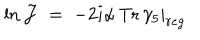
\ln { \mathcal J } \; = \; - 2 i \left. \alpha \, \mathrm { T r } \, \gamma _ { 5 } \right| _ { r e g }